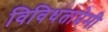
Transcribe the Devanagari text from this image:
विविधताप्रेमी